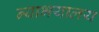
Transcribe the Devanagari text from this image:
न्याभयालय